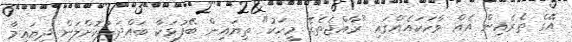
އޭގެ ތެރެއިން އެއް ވާހަކައެއްގައި "ރާއްޖެތެރޭ މީހަކު" ތިޔައިން ބޭފުޅަކާ ބައްދަލުކޮށްލަން ދިޔައިމާ